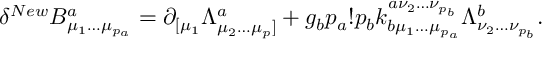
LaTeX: \delta ^ { N e w } B _ { \mu _ { 1 } \ldots \mu _ { p _ { a } } } ^ { a } = \partial _ { [ \mu _ { 1 } } \Lambda _ { \mu _ { 2 } \ldots \mu _ { p } ] } ^ { a } + g _ { b } p _ { a } ! p _ { b } k _ { b \mu _ { 1 } \ldots \mu _ { p _ { a } } } ^ { a \nu _ { 2 } \ldots \nu _ { p _ { b } } } \Lambda _ { \nu _ { 2 } \ldots \nu _ { p _ { b } } } ^ { b } .